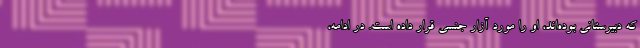
که دبیرستانی بوده‌اند، او را مورد آزار جنسی قرار داده است. در ادامه،